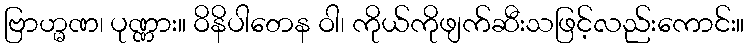
ဗြာဟ္မဏ၊ ပုဏ္ဏား။ ဝိနိပါတေန ဝါ၊ ကိုယ်ကိုဖျက်ဆီးသဖြင့်လည်းကောင်း။